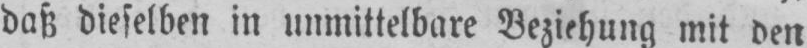
daß dieselben in unmittelbare Beziehung mit den